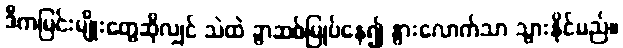
ဒီကမြင်းမျိုးတွေဆိုလျှင် သဲထဲ ခွာဆစ်မြုပ်နေ၍ နွားလောက်သာ သွားနိုင်မည်။